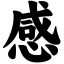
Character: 感